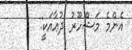
އެންމެ މަޝްހޫރު ދުޢާއަކީ: